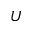
U